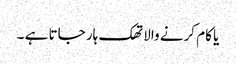
یا کام کرنے والا تھک ہار جاتا ہے ۔